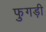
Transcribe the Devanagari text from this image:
फुगड़ी